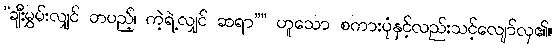
”ချီးမွှမ်းလျှင် တပည့်၊ ကဲ့ရဲ့လျှင် ဆရာ”” ဟူသော စကားပုံနှင့်လည်းသင့်လျော်လှ၏။